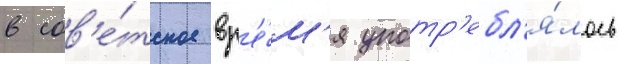
в сов'е́тское вр'е́м'я употр'ебл'я́лось